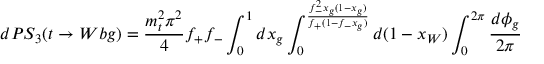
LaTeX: d P S _ { 3 } ( t \rightarrow W b g ) = { \frac { m _ { t } ^ { 2 } \pi ^ { 2 } } { 4 } } f _ { + } f _ { - } \int _ { 0 } ^ { 1 } d x _ { g } \int _ { 0 } ^ { { \frac { f _ { - } ^ { 2 } x _ { g } ( 1 - x _ { g } ) } { f _ { + } ( 1 - f _ { - } x _ { g } ) } } } d ( 1 - x _ { W } ) \int _ { 0 } ^ { 2 \pi } { \frac { d \phi _ { g } } { 2 \pi } }